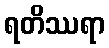
ရတိဿရာ